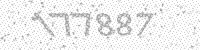
Solution: 177887